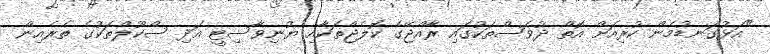
"އަޅުގަނޑުމެން ކުރިއަށް އޮތް ދުވަސްތަކުގައި ރާއްޖޭގެ ކޮލެޖްތަކާއި ޔުނިވާސިޓީ އަދި ސްކޫލްތަކުގެ ތެރެއިން